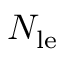
N _ { \mathrm { l e } }